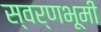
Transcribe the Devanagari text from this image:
स्वर्णभूमी